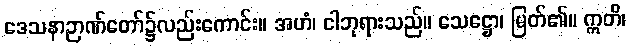
ဒေသနာဉာဏ်တော်၌လည်းကောင်း။ အဟံ၊ ငါဘုရားသည်။ သေဋ္ဌော၊ မြတ်၏။ ဣတိ၊